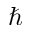
\hbar